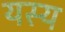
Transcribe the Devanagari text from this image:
यस्‍य